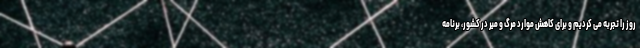
روز را تجربه می کردیم و برای کاهش موارد مرگ و میر در کشور، برنامه